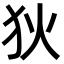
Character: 狄